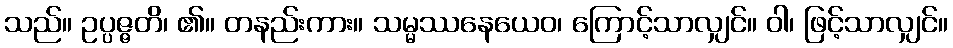
သည်။ ဥပ္ပဇ္ဇတိ၊ ၏။ တနည်းကား။ သမ္မဿနေယေဝ၊ ကြောင့်သာလျှင်။ ဝါ၊ ဖြင့်သာလျှင်။